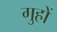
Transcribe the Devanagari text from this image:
गुहों